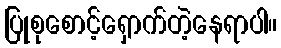
ပြုစုစောင့်ရှောက်တဲ့နေရာပါ။